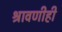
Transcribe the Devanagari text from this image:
श्रावणीही